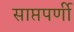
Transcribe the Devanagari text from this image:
साप्तपर्णी